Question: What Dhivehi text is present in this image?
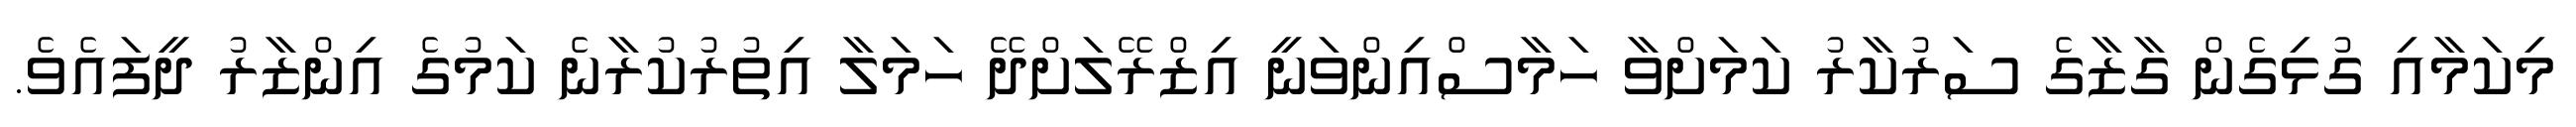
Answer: މިކަމާއި ގުޅިގެން ގާޒާގެ ސަރުކާރު ކަމަށްވާ ހަމާސްއިންވަނީ އިޒްރޭލަށްދޭ ހަމަލާ އިތުރުކުރާނެ ކަމުގެ އިންޒާރު ދީފައެވެ.